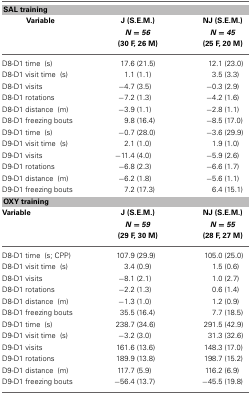
| <COLSPAN=3> SAL training |
 | Variable | J (S.E.M.) N = 56 (30 F, 26 M) | NJ (S.E.M.) N = 45 (25 F, 20 M) |
 | --- | --- | --- |
 | D8-D1 time (s) | 17.6 (21.5) | 12.1 (23.0) |
 | D8-D1 visit time (s) | 1.1 (1.1) | 3.5 (3.3) |
 | D8-D1 visits | −4.7 (3.5) | −0.3 (2.9) |
 | D8-D1 rotations | −7.2 (1.3) | −4.2 (1.6) |
 | D8-D1 distance (m) | −3.9 (1.1) | −2.8 (1.1) |
 | D8-D1 freezing bouts | 9.8 (16.4) | −8.5 (17.0) |
 | D9-D1 time (s) | −0.7 (28.0) | −3.6 (29.9) |
 | D9-D1 visit time (s) | 2.1 (1.0) | 1.9 (1.0) |
 | D9-D1 visits | −11.4 (4.0) | −5.9 (2.6) |
 | D9-D1 rotations | −6.8 (2.3) | −6.6 (1.7) |
 | D9-D1 distance (m) | −6.2 (1.8) | −5.6 (1.1) |
 | D9-D1 freezing bouts | 7.2 (17.3) | 6.4 (15.1) |
 | <COLSPAN=3> OXY training |
 | Variable | J (S.E.M.) N = 59 (29 F, 30 M) | NJ (S.E.M.) N = 55 (28 F, 27 M) |
 | D8-D1 time (s; CPP) | 107.9 (29.9) | 105.0 (25.0) |
 | D8-D1 visit time (s) | 3.4 (0.9) | 1.5 (0.6) |
 | D8-D1 visits | −8.1 (2.1) | 1.0 (2.7) |
 | D8-D1 rotations | −2.2 (1.3) | 0.6 (1.4) |
 | D8-D1 distance (m) | −1.3 (1.0) | 1.2 (0.9) |
 | D8-D1 freezing bouts | 35.5 (16.4) | 7.7 (18.5) |
 | D9-D1 time (s) | 238.7 (34.6) | 291.5 (42.9) |
 | D9-D1 visit time (s) | −3.2 (3.0) | 31.3 (32.6) |
 | D9-D1 visits | 161.6 (13.6) | 148.3 (17.0) |
 | D9-D1 rotations | 189.9 (13.8) | 198.7 (15.2) |
 | D9-D1 distance (m) | 117.7 (5.9) | 116.2 (6.9) |
 | D9-D1 freezing bouts | −56.4 (13.7) | −45.5 (19.8) |